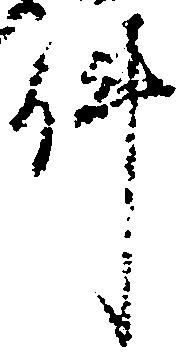
件